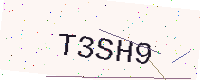
Text: T3SH9